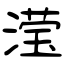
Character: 滢